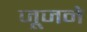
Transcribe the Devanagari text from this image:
जूजने